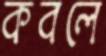
কবলে